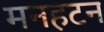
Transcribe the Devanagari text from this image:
मनहटन